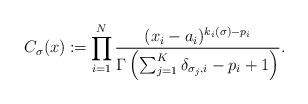
LaTeX: \begin{align*}C_\sigma(x)\coloneqq\prod_{i=1}^N\frac{(x_i-a_i)^{k_i(\sigma)-p_i}}{\Gamma\left(\sum_{j=1}^K\delta_{\sigma_j,i}-p_i+1\right)}.\end{align*}